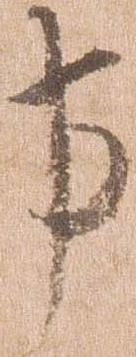
事